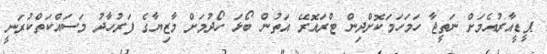
ޕީޑީއާރުއެމަށް ނަތީޖާ ހަމަހަމަކޮށްދިން ޓްރައޮރޭ އަތުން ބޯޅަ ހޯދުމަށް މާޒިޔާގެ ފަރުހާދު މަސައްކަތްކުރަނީ